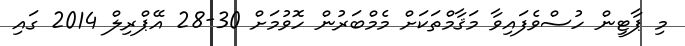
މި ޕާޓީން ހުސްވެފައިވާ މަޤާމްތަކަށް މެމްބަރުން ހޮވުމަށް 30-28 އޭޕްރިލް 2014 ގައި